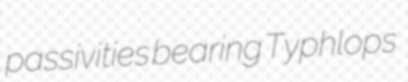
passivities bearing Typhlops